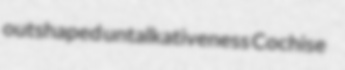
outshaped untalkativeness Cochise